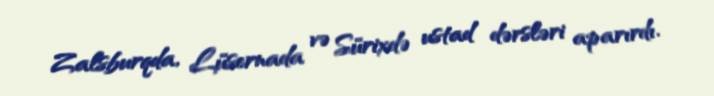
Zalsburqda, Lüsernada və Sürixdə ustad dərsləri aparırdı.